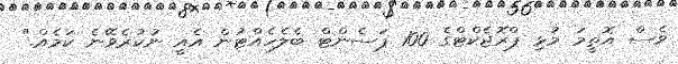
ވެސް އޮތީމަ މުޅި ޕްރޮޖެކްޓްގެ 100 ޕަސެންޓް ބެލެހެއްޓުން އެއީ ނުކުރެވޭނެ ކަމެއް."